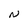
Character: N